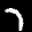
Label: 7